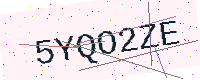
Text: 5YQO2ZE